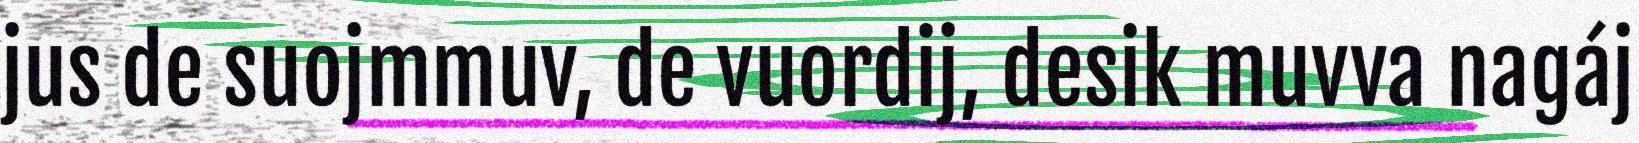
jus de suojmmuv, de vuordij, desik muvva nagáj